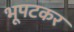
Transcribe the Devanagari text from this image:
भूपटकर